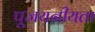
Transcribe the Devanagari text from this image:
पूजयनीयता